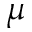
\mu